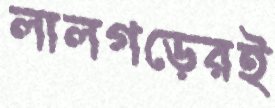
লালগড়েরই